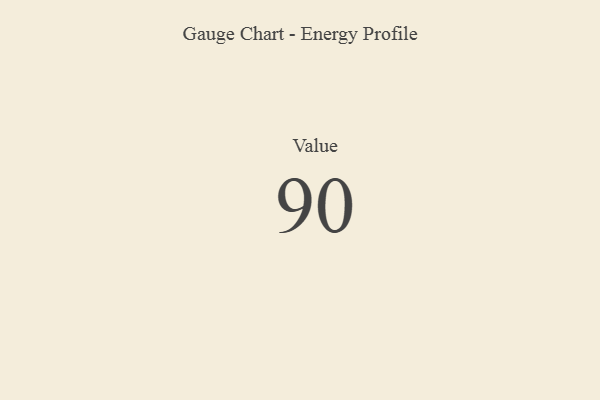
{"axis": {"x": "Metric", "y": "Value"}, "legend": [""], "data": [{"x": "Value", "y": 90, "type": ""}]}